Code of medical and sanitary regulations for the guidance of medical officers serving in the Madras Presidency - Volume II
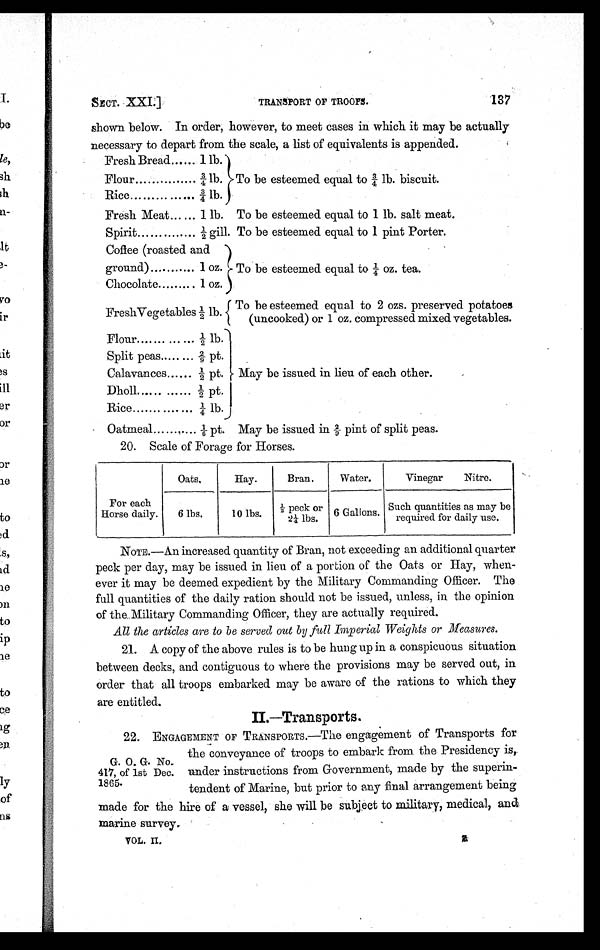
SECT. XXI.]
TRANSPORT OF TROOPS.
137
shown below. In order, however, to meet cases in which it may be actually
necessary to depart from the scale, a list of equivalents is appended.
Fresh Bread..... 1 lb.
To be esteemed equal to ¾ lb. biscuit.
Flour
3 / 4 l b .
Rice
3/4 lb.
Fresh Meat
...............
1 lb.
To be esteemed equal to 1 lb. salt meat.
Spirit
½ gill. To be esteemed equal to 1 pint Porter.
Coffee (roasted and
ground)
1 oz.
To be esteemed equal to ¼ oz. tea.
Chocolate
1 oz.
FreshVegetables ½ lb.
To be esteemed equal to 2 ozs. preserved potatoes
(uncooked) or 1 oz. compressed mixed vegetables.
Flour
½ lb.
May be issued in lieu of each other.
Split peas
...
2 / 9 p t .
Calavances ...... ½ pt.
Dholl.......... ½ pt.
Rice
¼ lb.
Oatmeal .......... 1/6 pt.
May be issued in 2/9 pint of split peas.
20. Scale of Forage for Horses.
Oats.
Hay.
Bran.
Water.
Vinegar Nitre.
For each
Horse daily.
6 lbs.
10 lbs.
½ peck or
2¼ lbs.
6 Gallons.
Such quantities as may be
required for daily use.
NOTE.—An increased quantity of Bran, not exceeding an additional quarter
peck per day, may be issued in lieu of a portion of the Oats or Hay, when-
ever it may be deemed expedient by the Military Commanding Officer. The
full quantities of the daily ration should not be issued, unless, in the opinion
of the Military Commanding Officer, they are actually required.
All the articles are to be served out by full Imperial Weights or Measures.
21.
A copy of the above rules is to be hung up in a conspicuous situation
between decks, and contiguous to where the provisions may be served out, in
order that all troops embarked may be aware of the rations to which they
are entitled.
II.—Transports
.
G. O. G. No
. 4 1 7 , o f 1 s t D e c .
1805.
22.
ENGAGEMENT OF TRANSPORTS.—The engagement of Transports for
the conveyance of troops to embark from the Presidency is,
under instructions from Government, made by the superin-
tendent of Marine, but prior to any final arrangement being
made for the hire of a vessel, she will be subject to military, medical, and
marine survey.
VOL. II.
2